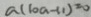
a ( 1 0 a - 1 1 ) = 0